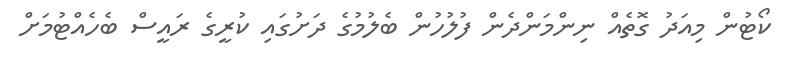
ކޯޓުން މިއަދު ގޮތެއް ނިންމަންދެން ފުލުހުން ބެލުމުގެ ދަށުގައި ކުރީގެ ރައީސް ބެހެއްޓުމަށް